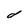
Character: d